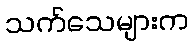
သက်သေများက